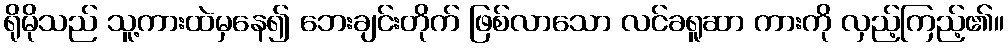
ရိုမိုသည် သူ့ကားထဲမှနေ၍ ဘေးချင်းတိုက် ဖြစ်လာသော လင်ခရူဆာ ကားကို လှည့်ကြည့်၏။